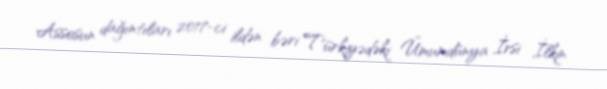
Assosun dağıntıları 2017-ci ildən bəri Türkiyədəki Ümumdünya İrsi İlkin